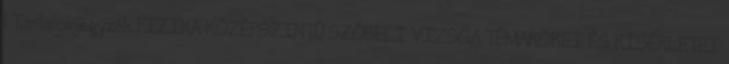
1 Tartalomjegyzék FIZIKA KÖZÉPSZINTŰ SZÓBELI VIZSGA TÉMAKÖREI ÉS KÍSÉRLETEI